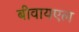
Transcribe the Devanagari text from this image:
बीवायएल